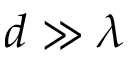
d \gg \lambda